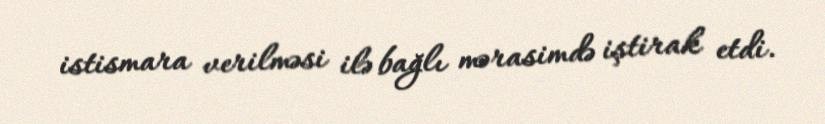
istismara verilməsi ilə bağlı mərasimdə iştirak etdi.